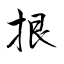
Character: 拫